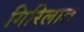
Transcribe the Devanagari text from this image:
गिरिलाल